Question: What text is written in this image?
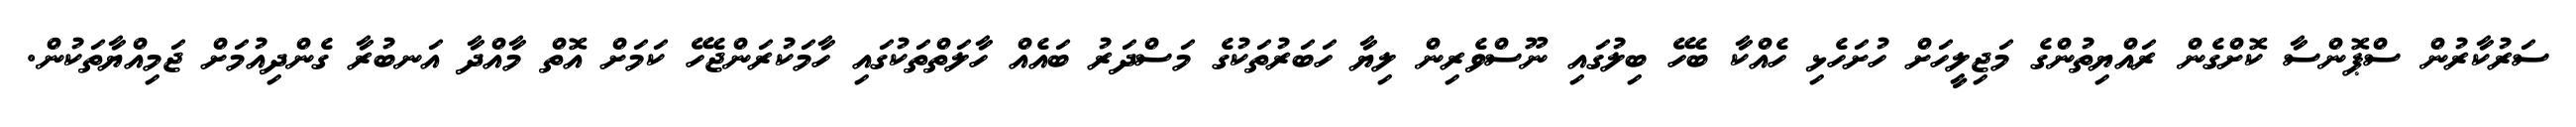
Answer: ސަރުކާރުން ސްޕޮންސާ ކޮށްގެން ރައްޔިތުންގެ މަޖިލީހަށް ހުށަހެޅި ހެއްކާ ބެހޭ ބިލުގައި ނޫސްވެރިން ލިޔާ ހަބަރުތަކުގެ މަސްދަރު ބައެއް ހާލަތްތަކުގައި ހާމަކުރަންޖެހޭ ކަމަށް އޮތް މާއްދާ އަނބުރާ ގެންދިއުމަށް ޖަމިއްޔާތަކުން.